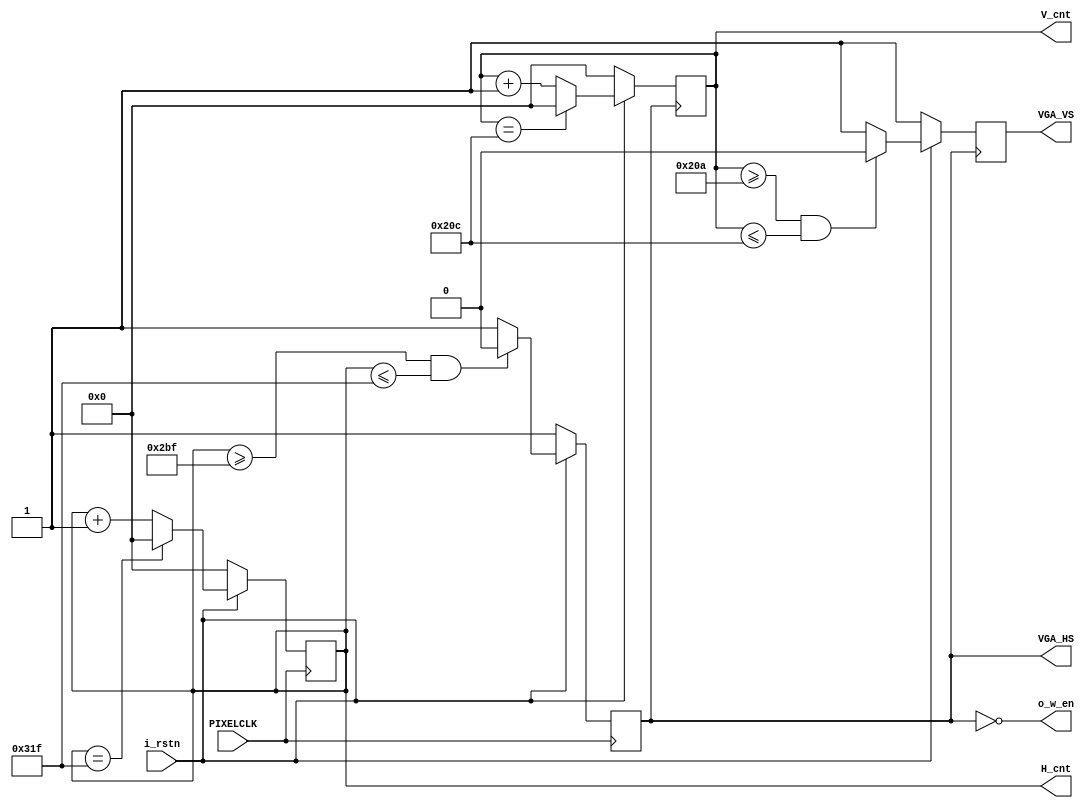
// SPEC - about 60hz SYNC Genrator
// PIXELCLK = 25Mhz
// VGA_HS = 31.25khz
// VGA_VS = 59.53hz
module VGA_SYNC
(
    // SYSTEM I/O
    input PIXELCLK,
    input i_rstn,
    output reg VGA_HS,
    output reg VGA_VS,
    output reg [9:0] H_cnt,
    output reg [9:0] V_cnt,
    output o_w_en
);
// Horizontal counter
always @(posedge PIXELCLK) begin
    if(!i_rstn) begin
        H_cnt <= 0;
    end
    else begin
        if(H_cnt == 799) H_cnt <= 0;
        else H_cnt <= H_cnt + 1;
    end
end

// VGA_HS
always @(posedge PIXELCLK) begin
    if(!i_rstn) VGA_HS <= 1;
    else begin
        if(H_cnt >= 703 && H_cnt <= 799) VGA_HS <= 0;
        else VGA_HS <= 1;
    end
end

// Vertical counter
always @(posedge VGA_HS) begin
    if(!i_rstn) V_cnt <= 0;
    else begin
        if(V_cnt == 524) V_cnt <= 0;
        else V_cnt <= V_cnt + 1;
    end
end

// VGA_VS
always @(posedge VGA_HS) begin
    if(!i_rstn) VGA_VS <= 1;
    else begin
        if(V_cnt >= 522 && V_cnt <= 524) VGA_VS <= 0;
        else VGA_VS <= 1;
    end
end

assign o_w_en = ~VGA_HS;

endmodule